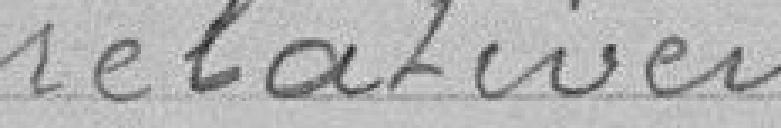
relativement